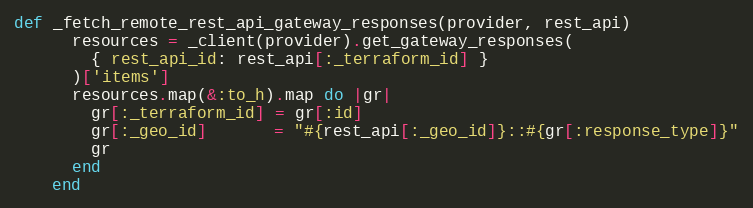
Language: Ruby
def _fetch_remote_rest_api_gateway_responses(provider, rest_api)
      resources = _client(provider).get_gateway_responses(
        { rest_api_id: rest_api[:_terraform_id] }
      )['items']
      resources.map(&:to_h).map do |gr|
        gr[:_terraform_id] = gr[:id]
        gr[:_geo_id]       = "#{rest_api[:_geo_id]}::#{gr[:response_type]}"
        gr
      end
    end